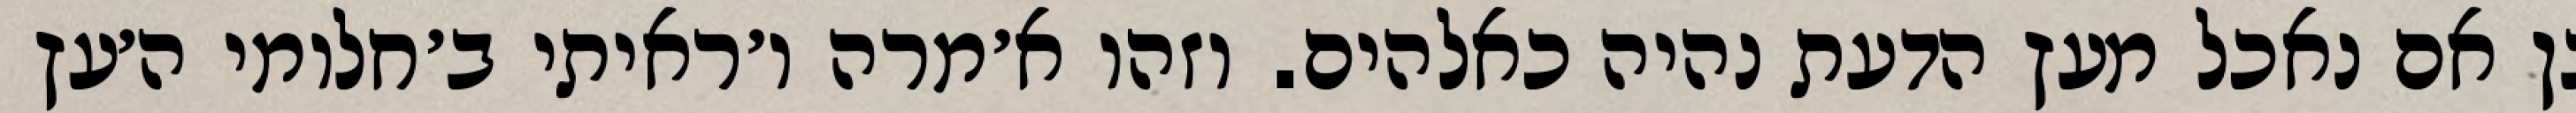
כן אם נאכל מעץ הדעת נהיה כאלהים. וזהו א׳מרה ו׳ראיתי ב׳חלומי ה׳עץ